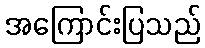
အကြောင်းပြသည်